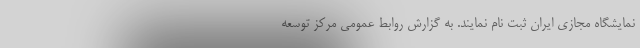
نمایشگاه مجازی ایران ثبت نام نمایند. به گزارش روابط عمومی مرکز توسعه